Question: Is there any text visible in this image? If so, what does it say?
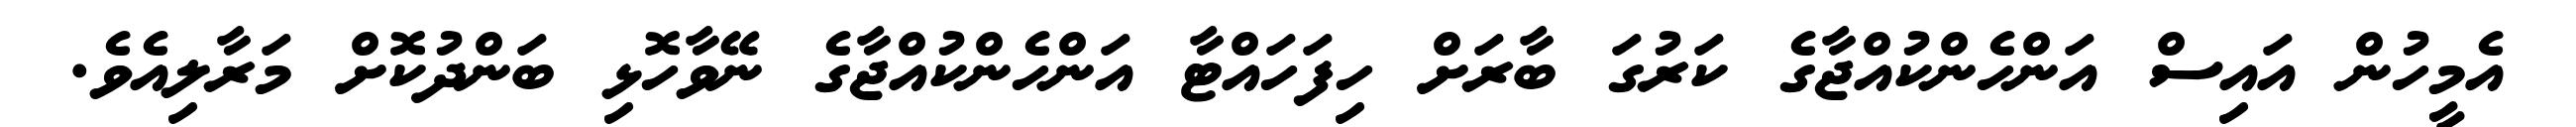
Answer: އެމީހުން އައިސް އަންހެންކުއްޖާގެ ކަރުގަ ބާރަށް ހިފަހައްޓާ އަންހެންކުއްޖާގެ ނޭވާހޮޅި ބަންދުކޮށް މަރާލިއެވެ.